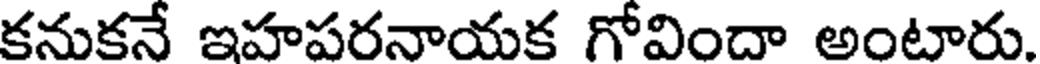
కనుకనే ఇహపరనాయక గోవిందా అంటారు.